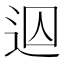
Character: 𨒊